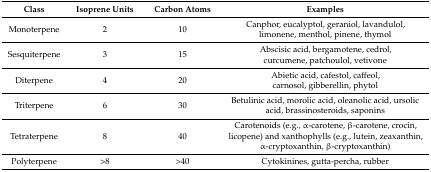
<table><thead><tr><td><b>Class</b></td><td><b>Isoprene Units</b></td><td><b>Carbon Atoms</b></td><td><b>Examples</b></td></tr></thead><tbody><tr><td>Monoterpene</td><td>2</td><td>10</td><td>Canphor, eucalyptol, geraniol, lavandulol, limonene, menthol, pinene, thymol</td></tr><tr><td>Sesquiterpene</td><td>3</td><td>15</td><td>Abscisic acid, bergamotene, cedrol, curcumene, patchoulol, vetivone</td></tr><tr><td>Diterpene</td><td>4</td><td>20</td><td>Abietic acid, cafestol, caffeol, carnosol, gibberellin, phytol</td></tr><tr><td>Triterpene</td><td>6</td><td>30</td><td>Betulinic acid, morolic acid, oleanolic acid, ursolic acid, brassinosteroids, saponins</td></tr><tr><td>Tetraterpene</td><td>8</td><td>40</td><td>Carotenoids (e.g., α-carotene, β-carotene, crocin, licopene) and xanthophylls (e.g., lutein, zeaxanthin, α-cryptoxanthin, β-cryptoxanthin)</td></tr><tr><td>Polyterpene</td><td>&gt;8</td><td>&gt;40</td><td>Cytokinines, gutta-percha, rubber</td></tr></tbody></table>